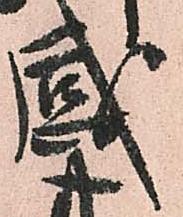
感